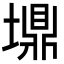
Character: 䵺